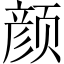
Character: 颜